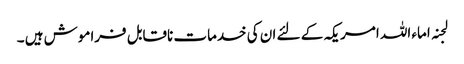
لجنہ اماء اللہ امریکہ کے لئے ان کی خدمات ناقابل فراموش ہیں ۔